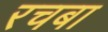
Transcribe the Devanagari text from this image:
रचबा